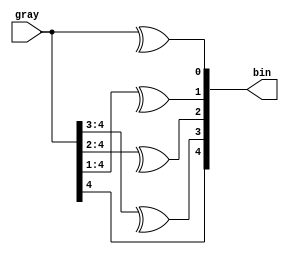
// (C) 2001-2016 Altera Corporation. All rights reserved.
// Your use of Altera Corporation's design tools, logic functions and other 
// software and tools, and its AMPP partner logic functions, and any output 
// files any of the foregoing (including device programming or simulation 
// files), and any associated documentation or information are expressly subject 
// to the terms and conditions of the Altera Program License Subscription 
// Agreement, Altera MegaCore Function License Agreement, or other applicable 
// license agreement, including, without limitation, that your use is for the 
// sole purpose of programming logic devices manufactured by Altera and sold by 
// Altera or its authorized distributors.  Please refer to the applicable 
// agreement for further details.


// $Id: $
// $Revision: $
// $Date: $
// $Author: $
//-----------------------------------------------------------------------------

`timescale 1 ps / 1 ps
// Copyright 2012 Altera Corporation. All rights reserved.  
// Altera products are protected under numerous U.S. and foreign patents, 
// maskwork rights, copyrights and other intellectual property laws.  
//
// This reference design file, and your use thereof, is subject to and governed
// by the terms and conditions of the applicable Altera Reference Design 
// License Agreement (either as signed by you or found at www.altera.com).  By
// using this reference design file, you indicate your acceptance of such terms
// and conditions between you and Altera Corporation.  In the event that you do
// not agree with such terms and conditions, you may not use the reference 
// design file and please promptly destroy any copies you have made.
//
// This reference design file is being provided on an "as-is" basis and as an 
// accommodation and therefore all warranties, representations or guarantees of 
// any kind (whether express, implied or statutory) including, without 
// limitation, warranties of merchantability, non-infringement, or fitness for
// a particular purpose, are specifically disclaimed.  By making this reference
// design file available, Altera expressly does not recommend, suggest or 
// require that this reference design file be used in combination with any 
// other product not provided by Altera.
/////////////////////////////////////////////////////////////////////////////

// baeckler - 01-17-2012
// separated in case we want to force the LUT decomposition

module gray_to_bin_5 (
	input [4:0] gray,
	output [4:0] bin
);

assign bin[4] = gray[4];
assign bin[3] = ^gray[4:3];
assign bin[2] = ^gray[4:2];
assign bin[1] = ^gray[4:1];
assign bin[0] = ^gray[4:0];

endmodule
// BENCHMARK INFO :  5SGXEA7N2F45C2
// BENCHMARK INFO :  Max depth :  2.0 LUTs
// BENCHMARK INFO :  Total registers : 0
// BENCHMARK INFO :  Total pins : 10
// BENCHMARK INFO :  Total virtual pins : 0
// BENCHMARK INFO :  Total block memory bits : 0
// BENCHMARK INFO :  Comb ALUTs :                         ; 5               ;       ;
// BENCHMARK INFO :  ALMs : 3 / 234,720 ( < 1 % )